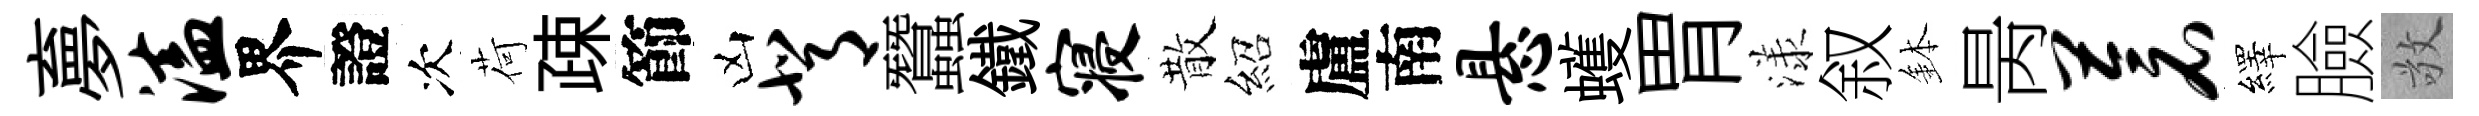
夣溘界證次荷疎節凶背蠶鐵寝散紹盧南悬蠖胃漾叙鉢昺苍繹臉敬